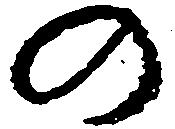
の